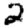
Digit: 2